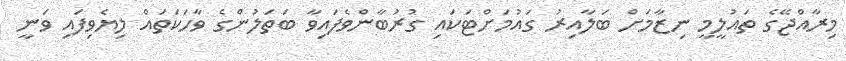
މިރާއްޖޭގެ ތައުލީމީ ނިޒާމަށް ބަލާއިރު ގައުމަށްޓަކައި ގުރުބާންވެފައިވާ ބަތަލުންގެ ވާހަކަތައް ލިޔެވިފައި ވަނީ